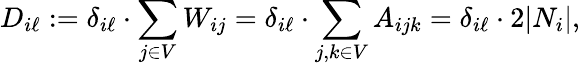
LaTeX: D_{i\ell}:=\delta_{i\ell}\cdot\sum_{j\in V}W_{ij}=\delta_{i\ell}\cdot\sum_{j,k\in V}A_{ijk}=\delta_{i\ell}\cdot 2|N_{i}|,